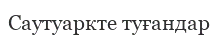
Саутуаркте туғандар